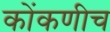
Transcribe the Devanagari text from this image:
कोंकणीच